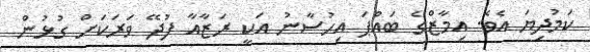
ކަމުދިޔަ އެވެ. އިމާޒްގެ ބައްޕަ އިހުސާނު އަކީ ރަޒާއާ ފުދޭ ވަރަކަށް ގުޅުން